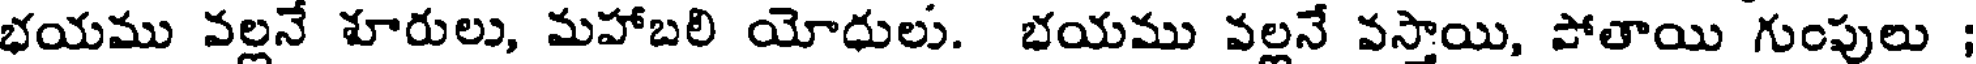
భయము వల్లనే శూరులు, మహాబలి యోధులు. భయము వల్లనే వస్తాయి, పోతాయి గుంపులు :